Indian journal of veterinary science and animal husbandry - Volumes 24-25, 1954-1955
Year: 1954
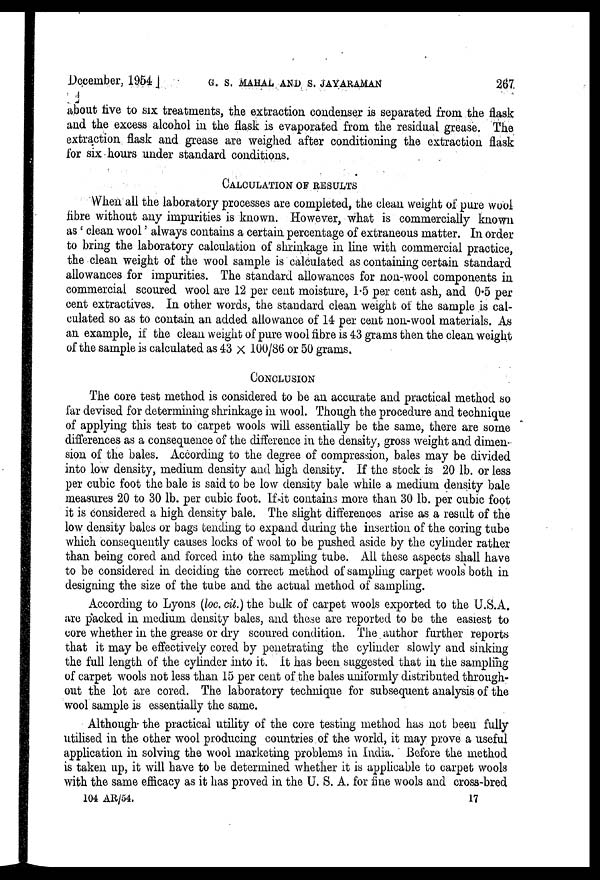
December, 1954 ] G. S. MAHAL AND S. JAYARAMAN 267
about five to six treatments, the extraction condenser is separated from the flask
and the excess alcohol in the flask is evaporated from the residual grease. The
extraction flask and grease are weighed after conditioning the extraction flask
for six hours under standard conditions.
CALCULATION OF RESULTS
When all the laboratory processes are completed, the clean weight of pure wool
fibre without any impurities is known. However, what is commercially known
as ' clean wool ' always contains a certain percentage of extraneous matter. In order
to bring the laboratory calculation of shrinkage in line with commercial practice,
the clean weight of the wool sample is calculated as containing certain standard
allowances for impurities. The standard allowances for non-wool components in
commercial scoured wool are 12 per cent moisture, 1.5 per cent ash, and 0.5 per
cent extractives. In other words, the standard clean weight of the sample is cal-
culated so as to contain an added allowance of 14 per cent non-wool materials. As
an example, if the clean weight of pure wool fibre is 43 grams then the clean weight
of the sample is calculated as 43 × 100/86 or 50 grams.
CONCLUSION
The core test method is considered to be an accurate and practical method so
far devised for determining shrinkage in wool. Though the procedure and technique
of applying this test to carpet wools will essentially be the same, there are some
differences as a consequence of the difference in the density, gross weight and dimen-
sion of the bales. According to the degree of compression, bales may be divided
into low density, medium density and high density. If the stock is 20 lb. or less
per cubic foot the bale is said to be low density bale while a medium density bale
measures 20 to 30 lb. per cubic foot. If it contains more than 30 lb. per cubic foot
it is considered a high density bale. The slight differences arise as a result of the
low density bales or bags tending to expand during the insertion of the coring tube
which consequently causes locks of wool to be pushed aside by the cylinder rather
than being cored and forced into the sampling tube. All these aspects shall have
to be considered in deciding the correct method of sampling carpet wools both in
designing the size of the tube and the actual method of sampling.
According to Lyons (loc. cit.) the bulk of carpet wools exported to the U.S.A.
are packed in medium density bales, and these are reported to be the easiest to
core whether in the grease or dry scoured condition. The author further reports
that it may be effectively cored by penetrating the cylinder slowly and sinking
the full length of the cylinder into it. It has been suggested that in the sampling
of carpet wools not less than 15 per cent of the bales uniformly distributed through-
out the lot are cored. The laboratory technique for subsequent analysis of the
wool sample is essentially the same.
Although the practical utility of the core testing method has not been fully
utilised in the other wool producing countries of the world, it may prove a useful
application in solving the wool marketing problems in India. Before the method
is taken up, it will have to be determined whether it is applicable to carpet wools
with the same efficacy as it has proved in the U. S. A. for fine wools and cross-bred
104 AR/54.
17